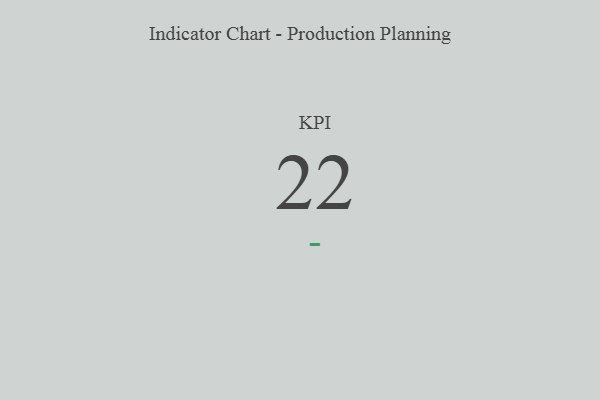
{"axis": {"x": "KPI", "y": "Value"}, "legend": [""], "data": [{"x": "KPI", "y": 22, "type": ""}]}